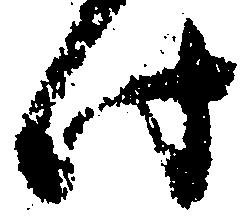
此